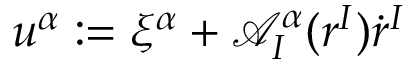
u ^ { \alpha } : = \xi ^ { \alpha } + \mathcal { A } _ { I } ^ { \alpha } ( r ^ { I } ) \dot { r } ^ { I }